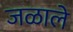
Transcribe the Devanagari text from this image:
जळाले